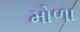
મોળા